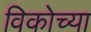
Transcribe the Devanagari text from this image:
विकोच्या